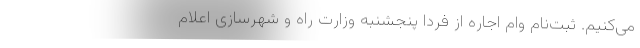
می‌کنیم. ثبت‌نام وام اجاره از فردا پنجشنبه وزارت راه و شهرسازی اعلام